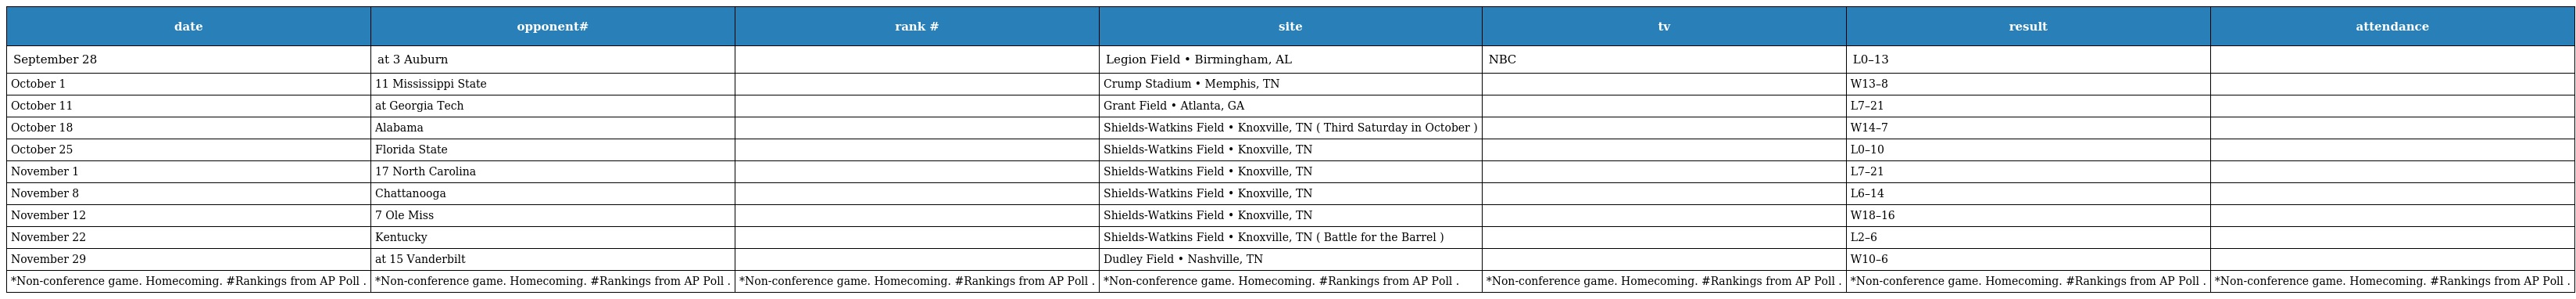
| date | opponent# | rank # | site | tv | result | attendance |
 | --- | --- | --- | --- | --- | --- | --- |
 | September 28 | at 3 Auburn |  | Legion Field • Birmingham, AL | NBC | L0–13 |  |
 | October 1 | 11 Mississippi State |  | Crump Stadium • Memphis, TN |  | W13–8 |  |
 | October 11 | at Georgia Tech |  | Grant Field • Atlanta, GA |  | L7–21 |  |
 | October 18 | Alabama |  | Shields-Watkins Field • Knoxville, TN ( Third Saturday in October ) |  | W14–7 |  |
 | October 25 | Florida State |  | Shields-Watkins Field • Knoxville, TN |  | L0–10 |  |
 | November 1 | 17 North Carolina |  | Shields-Watkins Field • Knoxville, TN |  | L7–21 |  |
 | November 8 | Chattanooga |  | Shields-Watkins Field • Knoxville, TN |  | L6–14 |  |
 | November 12 | 7 Ole Miss |  | Shields-Watkins Field • Knoxville, TN |  | W18–16 |  |
 | November 22 | Kentucky |  | Shields-Watkins Field • Knoxville, TN ( Battle for the Barrel ) |  | L2–6 |  |
 | November 29 | at 15 Vanderbilt |  | Dudley Field • Nashville, TN |  | W10–6 |  |
 | *Non-conference game. Homecoming. #Rankings from AP Poll . | *Non-conference game. Homecoming. #Rankings from AP Poll . | *Non-conference game. Homecoming. #Rankings from AP Poll . | *Non-conference game. Homecoming. #Rankings from AP Poll . | *Non-conference game. Homecoming. #Rankings from AP Poll . | *Non-conference game. Homecoming. #Rankings from AP Poll . | *Non-conference game. Homecoming. #Rankings from AP Poll . |